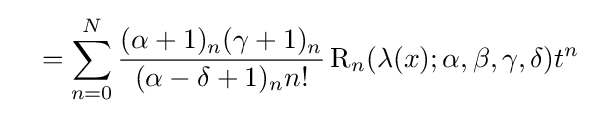
\quad =\sum _{n=0}^{N}{\frac {(\alpha +1)_{n}(\gamma +1)_{n}}{(\alpha -\delta +1)_{n}n!}}\operatorname {R} _{n}(\lambda (x);\alpha ,\beta ,\gamma ,\delta )t^{n}